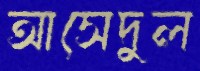
আসেদুল